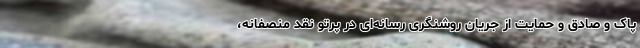
پاک و صادق و حمایت از جریان روشنگری رسانه‌ای در پرتو نقد منصفانه،